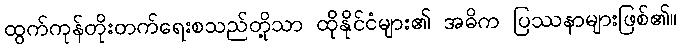
ထွက်ကုန်တိုးတက်ရေးစသည်တို့သာ ထိုနိုင်ငံများ၏ အဓိက ပြဿနာများဖြစ်၏။